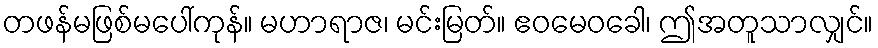
တဖန်မဖြစ်မပေါ်ကုန်။ မဟာရာဇ၊ မင်းမြတ်။ ဧဝမေဝခေါ၊ ဤအတူသာလျှင်။